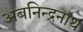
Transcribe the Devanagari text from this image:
अबनिन्द्रनाथ